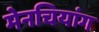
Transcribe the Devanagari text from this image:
मेनचियांग